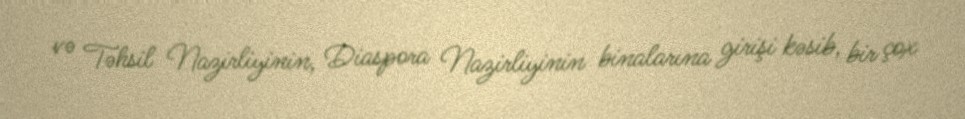
və Təhsil Nazirliyinin, Diaspora Nazirliyinin binalarına girişi kəsib, bir çox